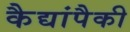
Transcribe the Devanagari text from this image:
कैद्यांपैकी